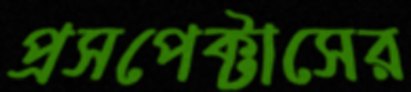
প্রসপেক্টাসের